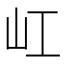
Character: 屸